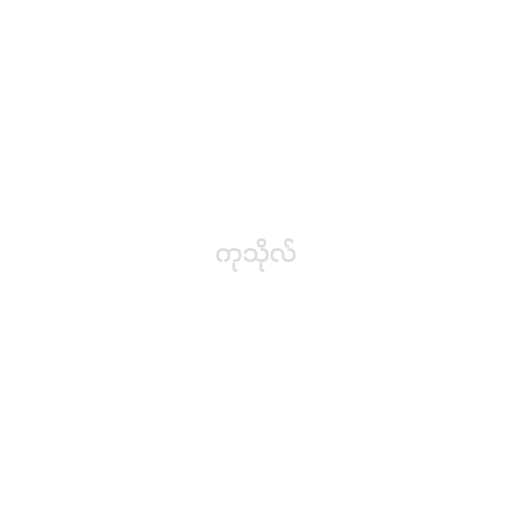
ကုသိုလ်